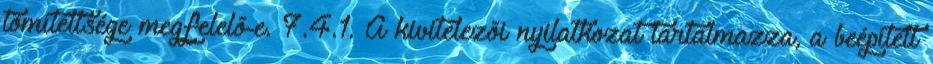
tömítettsége megfelelõ-e. 7.4.1. A kivitelezõi nyilatkozat tartalmazza, a beépített